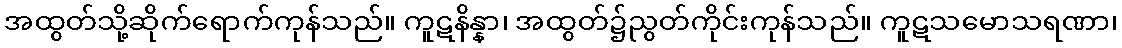
အထွတ်သို့ဆိုက်ရောက်ကုန်သည်။ ကူဋနိန္နာ၊ အထွတ်၌ညွတ်ကိုင်းကုန်သည်။ ကူဋသမောသရဏာ၊